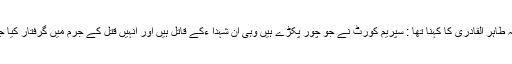
علامہ طاہر القادری کا کہنا تھا : سپریم کورٹ نے جو چور پکڑے ہیں وہی ان شہدا ءکے قاتل ہیں اور انہیں قتل کے جرم میں گرفتار کیا جائے۔